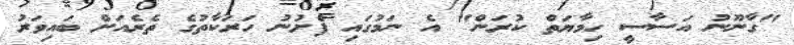
"ގާނޫނު އަސާސީ ހިމާޔަތް ކުރަން" އެ ނަމުގައި ފެށުނު ހަރަކާތުގެ ތެރެއަށް ބައިވަރު